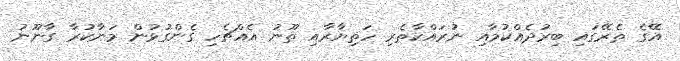
އޭގެ ތެރޭގައި ބިރުދެއްކުމާއި ނުރައްކާތެރި ހަތިޔާރާއި ތޫނު އެއްޗެހި ގެންގުޅުން މަނާކުރާ ގާނޫނު